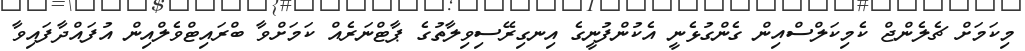
މިކަމަށް ޗެލެންޖް ކެމިކަލްސްއިން ގެންގުޅެނީ އެކުންފުނީގެ އިނގިރޭސިވިލާތުގެ ޕާޓްނަރެއް ކަމަށްވާ ބްރައިޓްވެލްއިން އުފައްދާފައިވާ